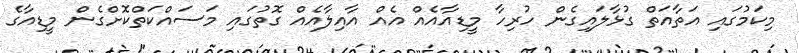
މިކަމުގައި އަތާއަތް ގުޅާލައިގެން ހުރިހާ މީޑިއާއެއް އެއް އާއިލާއެއް ގޮތުގައި މަސައްކަތްކޮށްގެން މީޑިއާގެ